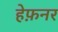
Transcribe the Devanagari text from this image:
हेफ़नर